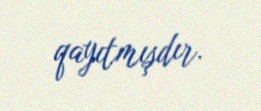
qayıtmışdır.